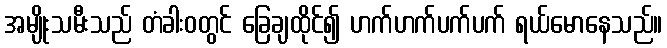
အမျိုးသမီးသည် တံခါးဝတွင် ခြေချထိုင်၍ ဟက်ဟက်ပက်ပက် ရယ်မောနေသည်။